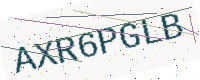
Text: AXR6PGLB